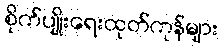
စိုက်ပျိုးရေးထုတ်ကုန်များ